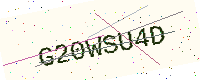
Text: G20WSU4D